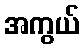
အကွယ်